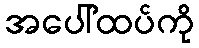
အပေါ်ထပ်ကို